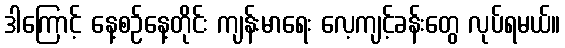
ဒါကြောင့် နေ့စဉ်နေ့တိုင်း ကျန်းမာရေး လေ့ကျင့်ခန်းတွေ လုပ်ရမယ်။